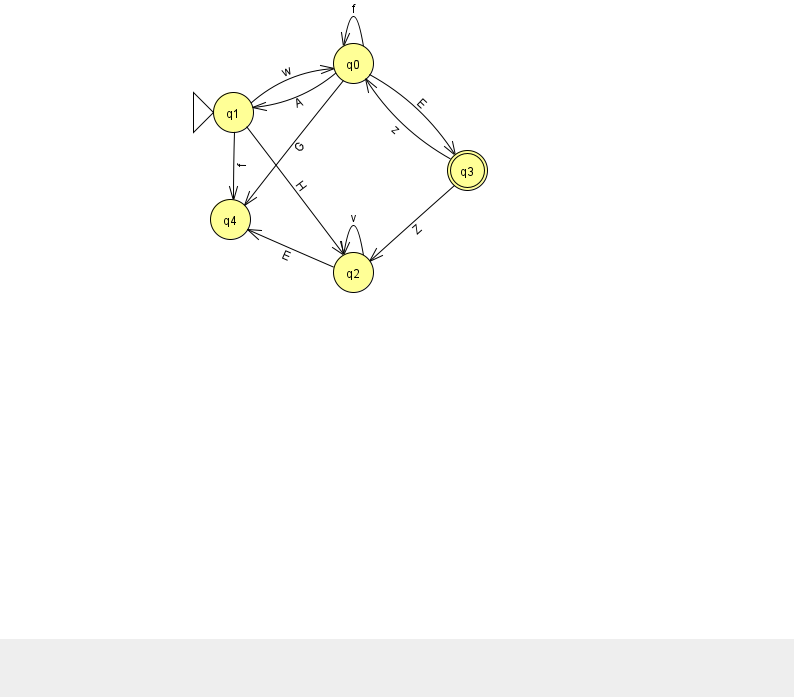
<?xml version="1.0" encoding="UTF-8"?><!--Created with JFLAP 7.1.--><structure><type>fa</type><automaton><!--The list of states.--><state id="0" name="q0"><x>353.0</x><y>50.0</y></state><state id="1" name="q1"><x>233.0</x><y>99.0</y><initial/></state><state id="2" name="q2"><x>353.0</x><y>259.0</y></state><state id="3" name="q3"><x>467.0</x><y>157.0</y><final/></state><state id="4" name="q4"><x>230.0</x><y>206.0</y></state><!--The list of transitions.--><transition><from>3</from><to>0</to><read>z</read></transition><transition><from>1</from><to>2</to><read>H</read></transition><transition><from>0</from><to>1</to><read>A</read></transition><transition><from>1</from><to>0</to><read>w</read></transition><transition><from>0</from><to>4</to><read>G</read></transition><transition><from>0</from><to>0</to><read>f</read></transition><transition><from>2</from><to>2</to><read>v</read></transition><transition><from>1</from><to>4</to><read>f</read></transition><transition><from>3</from><to>2</to><read>Z</read></transition><transition><from>2</from><to>4</to><read>E</read></transition><transition><from>0</from><to>3</to><read>E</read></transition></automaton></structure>